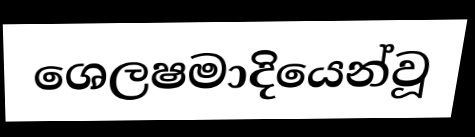
ශෙලෂමාදියෙන්වූ